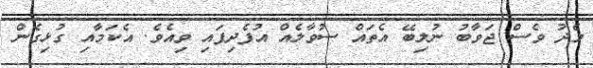
މެދު ވެސް ޖަވާބު ނުލިބޭ އެތައް ސުވާލެއް އުފެދިފައި ވިއެވެ. އެކަމާއި ގުޅިގެން